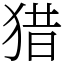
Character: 猎